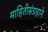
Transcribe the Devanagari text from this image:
माहितीसंग्रहाने